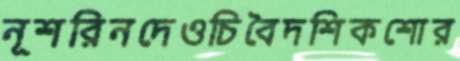
নূশরিনদেওচিবৈদশিকশোর